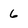
Character: 6